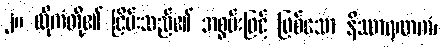
၂။ ထိုကံတို့၏ ငြိမ်းသည်၏ အစွမ်းဖြင့် ဖြစ်သော နိဿာရဏကံ၊